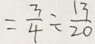
= \frac { 3 } { 4 } \div \frac { 1 3 } { 2 0 }